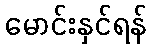
မောင်းနှင်ရန်